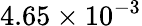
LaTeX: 4.65\times 10^{-3}